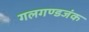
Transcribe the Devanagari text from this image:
गलगण्डजंक